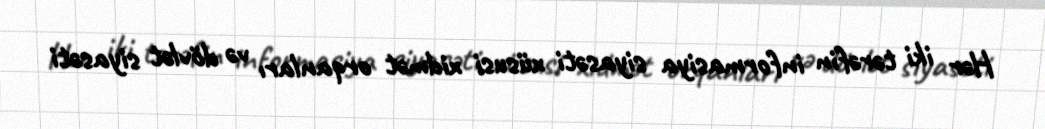
Hər iki tərəfin informasiya siyasəti xüsusi xidmət orqanları və dövlət siyasəti